Annual report of the Punjab Veterinary College and of the Civil Veterinary Department, Punjab - 1920-1925
Year: 1920
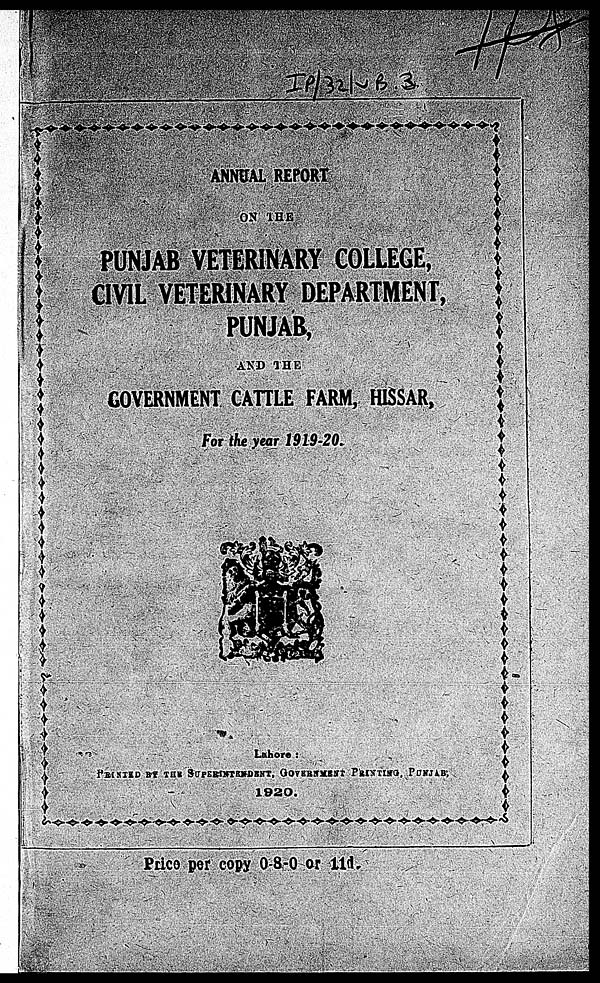
ANNUAL REPORT
ON THE
PUNJAB VETERINARY COLLEGE,
CIVIL VETERINARY DEPARTMENT,
PUNJAB,
AND THE
GOVERNMENT CATTLE FARM, HISSAR,
For the year 1919-20.
Lahore:
PRINTED
BY THE SUPERINTENDENT, GOVERNMENT PRINTING, PUNJAB;
1920.
Price per copy 0-8-0 or 11d.